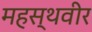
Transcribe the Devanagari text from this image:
महस्थवीर